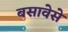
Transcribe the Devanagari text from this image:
बसावेसे